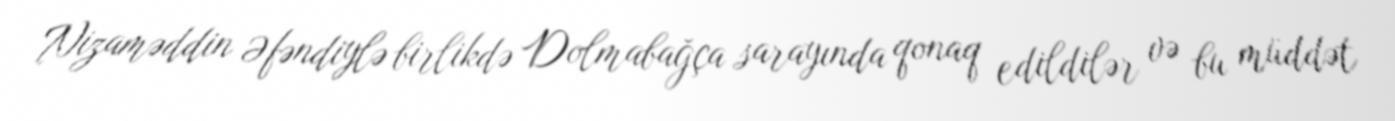
Nizaməddin Əfəndiylə birlikdə Dolmabağça sarayında qonaq edildilər və bu müddət